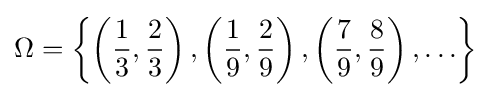
\Omega =\left\{\left({\frac {1}{3}},{\frac {2}{3}}\right),\left({\frac {1}{9}},{\frac {2}{9}}\right),\left({\frac {7}{9}},{\frac {8}{9}}\right),\ldots \right\}